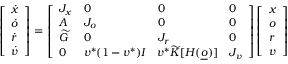
\left[ \begin{array} { l } { \dot { x } } \\ { \dot { o } } \\ { \dot { r } } \\ { \dot { v } } \end{array} \right] = \left[ \begin{array} { l l l l } { J _ { x } } & { 0 } & { 0 } & { 0 } \\ { A } & { J _ { o } } & { 0 } & { 0 } \\ { \widetilde G } & { 0 } & { J _ { r } } & { 0 } \\ { 0 } & { v ^ { * } ( 1 - v ^ { * } ) I } & { v ^ { * } \widetilde K [ H ( \underline { o } ) ] } & { J _ { v } } \end{array} \right] \left[ \begin{array} { l } { x } \\ { o } \\ { r } \\ { v } \end{array} \right]